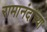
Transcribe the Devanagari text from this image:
रामानंदांच्या